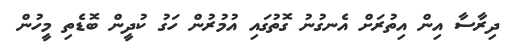
ދިރާސާ އިން އިތުރަށް އެނގުނު ގޮތުގައި އުމުރުން ހަގު ކުދީން ބޮޑެތި މީހުން